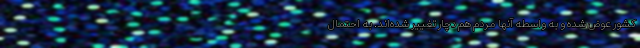
کشور عوض شده‌ و به واسطه آنها مردم هم دچار تغییر شده‌اند. به احتمال